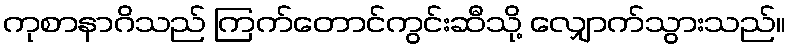
ကုစာနာဂိသည် ကြက်တောင်ကွင်းဆီသို့ လျှောက်သွားသည်။